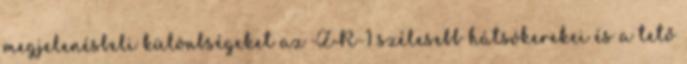
megjelenésbeli különbségeket az ZR-1 szélesebb hátsókerekei és a tető